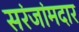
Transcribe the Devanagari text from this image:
सरंजांमदार